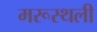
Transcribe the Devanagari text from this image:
मरूस्थली